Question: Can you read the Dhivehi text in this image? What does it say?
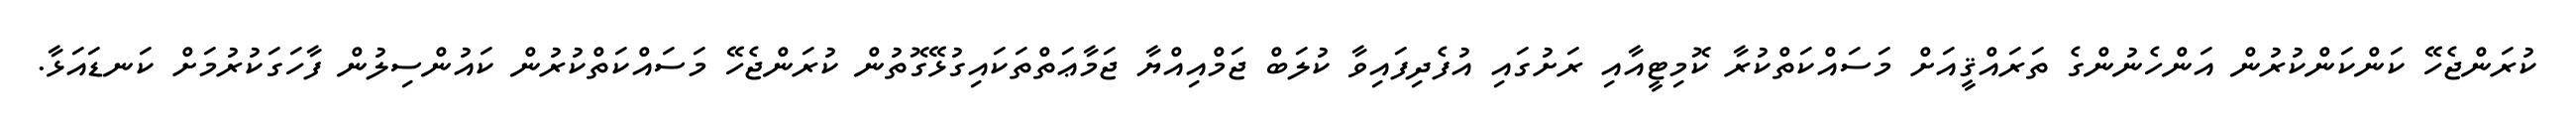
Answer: ކުރަންޖެހޭ ކަންކަންކުރުން އަންހެނުންގެ ތަރައްޤީއަށް މަސައްކަތްކުރާ ކޮމިޓީއާއި ރަށުގައި އުފެދިފައިވާ ކުލަބް ޖަމްއިއްޔާ ޖަމާޢަތްތަކައިގުޅޭގޮތުން ކުރަންޖެހޭ މަސައްކަތްކުރުން ކައުންސިލުން ފާހަގަކުރުމަށް ކަނޑައަޅާ.